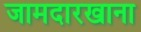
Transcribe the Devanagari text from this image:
जामदारखाना